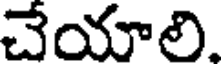
చేయాలి.